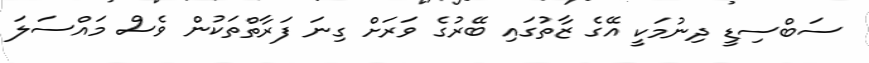
ސަބްސިޑީ ދިނުމަކީ އޭގެ ޒާތުގައި ބޭރުގެ ވަރަށް ގިނަ ފަރާތްތަކުން ވެސް މައްސަލަ